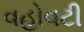
વહોવટી